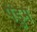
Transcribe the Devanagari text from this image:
पंडुम